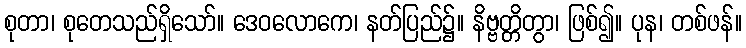
စုတာ၊ စုတေသည်ရှိသော်။ ဒေဝလောကေ၊ နတ်ပြည်၌။ နိဗ္ဗတ္တိတွာ၊ ဖြစ်၍။ ပုန၊ တစ်ဖန်။